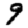
Digit: 9